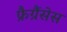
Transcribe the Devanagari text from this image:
फ्रैग्रैंसेस